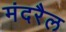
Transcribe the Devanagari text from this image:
मंदरैल